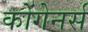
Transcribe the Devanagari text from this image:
कोंगेनर्स